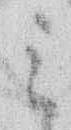
ミ